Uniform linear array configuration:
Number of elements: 16
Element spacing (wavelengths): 1
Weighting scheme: binomial
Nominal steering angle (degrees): -45
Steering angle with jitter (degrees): -46.454
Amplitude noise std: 0.05
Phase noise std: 0.05

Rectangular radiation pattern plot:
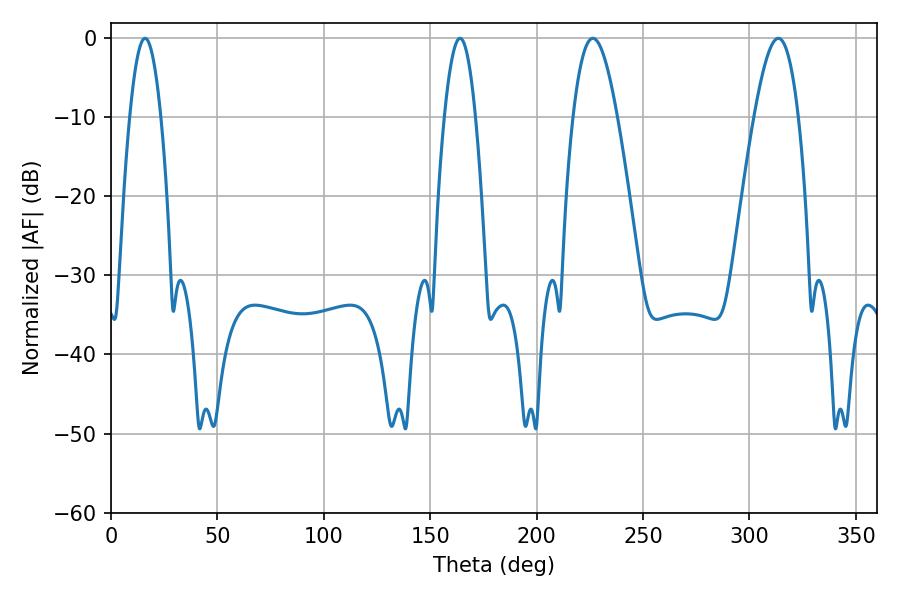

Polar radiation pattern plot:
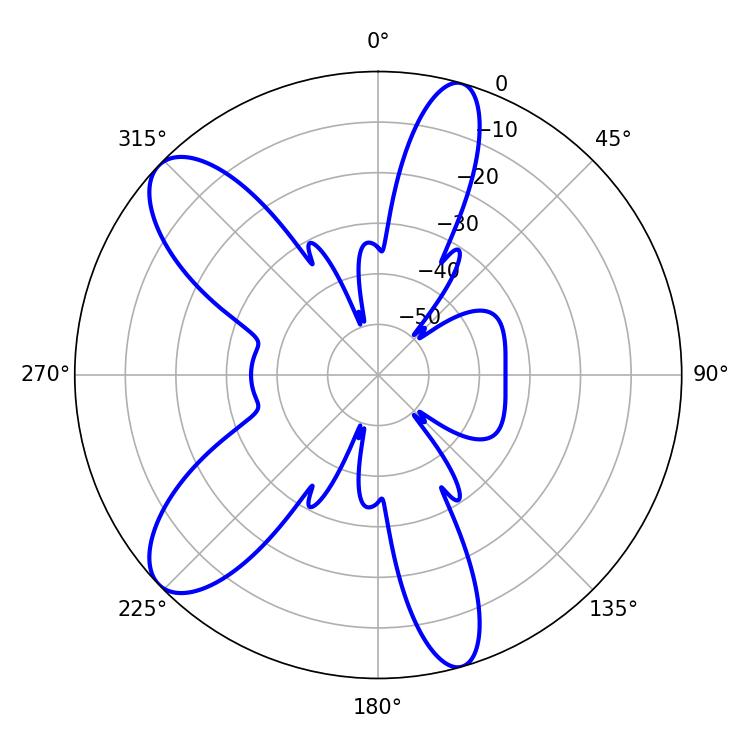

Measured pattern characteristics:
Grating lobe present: TRUE
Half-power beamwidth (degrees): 11.34
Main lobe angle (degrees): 226.44